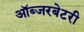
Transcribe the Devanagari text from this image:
ऑब्‍जरबेटरी